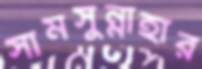
সামসুন্নাহার